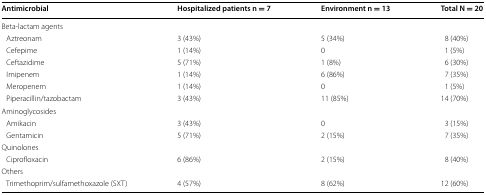
| Antimicrobial | Hospitalized patients n = 7 | Environment n = 13 | Total N = 20 |
 | --- | --- | --- | --- |
 | <COLSPAN=4> Beta-lactam agents |
 | Aztreonam | 3 (43%) | 5 (34%) | 8 (40%) |
 | Cefepime | 1 (14%) | 0 | 1 (5%) |
 | Ceftazidime | 5 (71%) | 1 (8%) | 6 (30%) |
 | Imipenem | 1 (14%) | 6 (86%) | 7 (35%) |
 | Meropenem | 1 (14%) | 0 | 1 (5%) |
 | Piperacillin/tazobactam | 3 (43%) | 11 (85%) | 14 (70%) |
 | <COLSPAN=4> Aminoglycosides |
 | Amikacin | 3 (43%) | 0 | 3 (15%) |
 | Gentamicin | 5 (71%) | 2 (15%) | 7 (35%) |
 | <COLSPAN=4> Quinolones |
 | Ciprofloxacin | 6 (86%) | 2 (15%) | 8 (40%) |
 | <COLSPAN=4> Others |
 | Trimethoprim/sulfamethoxazole (SXT) | 4 (57%) | 8 (62%) | 12 (60%) |